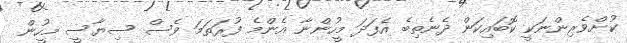
ކުށްވެރިންނަކީ ކޮބައިކަން ދެނެތިބެ އެފަދަ މީހުންނާ އެންމެ ފުރަތަމަ ވެސް ސިޔާސީ މީހުން